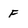
Character: F